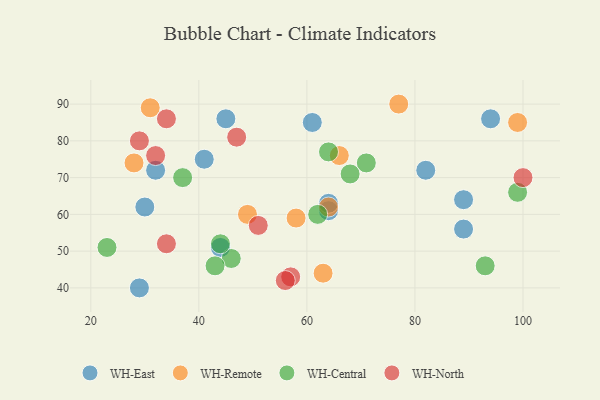
{"axis": {"x": "GDP", "y": "Life Expectancy"}, "legend": ["WH-Central", "WH-East", "WH-North", "WH-Remote"], "data": [{"x": "82", "y": 72, "type": "WH-East"}, {"x": "30", "y": 62, "type": "WH-East"}, {"x": "32", "y": 72, "type": "WH-East"}, {"x": "89", "y": 56, "type": "WH-East"}, {"x": "64", "y": 61, "type": "WH-East"}, {"x": "45", "y": 86, "type": "WH-East"}, {"x": "94", "y": 86, "type": "WH-East"}, {"x": "64", "y": 63, "type": "WH-East"}, {"x": "89", "y": 64, "type": "WH-East"}, {"x": "29", "y": 40, "type": "WH-East"}, {"x": "44", "y": 51, "type": "WH-East"}, {"x": "61", "y": 85, "type": "WH-East"}, {"x": "41", "y": 75, "type": "WH-East"}, {"x": "28", "y": 74, "type": "WH-Remote"}, {"x": "66", "y": 76, "type": "WH-Remote"}, {"x": "99", "y": 85, "type": "WH-Remote"}, {"x": "58", "y": 59, "type": "WH-Remote"}, {"x": "63", "y": 44, "type": "WH-Remote"}, {"x": "31", "y": 89, "type": "WH-Remote"}, {"x": "77", "y": 90, "type": "WH-Remote"}, {"x": "64", "y": 62, "type": "WH-Remote"}, {"x": "49", "y": 60, "type": "WH-Remote"}, {"x": "23", "y": 51, "type": "WH-Central"}, {"x": "46", "y": 48, "type": "WH-Central"}, {"x": "64", "y": 77, "type": "WH-Central"}, {"x": "43", "y": 46, "type": "WH-Central"}, {"x": "37", "y": 70, "type": "WH-Central"}, {"x": "71", "y": 74, "type": "WH-Central"}, {"x": "93", "y": 46, "type": "WH-Central"}, {"x": "44", "y": 52, "type": "WH-Central"}, {"x": "62", "y": 60, "type": "WH-Central"}, {"x": "68", "y": 71, "type": "WH-Central"}, {"x": "99", "y": 66, "type": "WH-Central"}, {"x": "32", "y": 76, "type": "WH-North"}, {"x": "57", "y": 43, "type": "WH-North"}, {"x": "34", "y": 52, "type": "WH-North"}, {"x": "29", "y": 80, "type": "WH-North"}, {"x": "100", "y": 70, "type": "WH-North"}, {"x": "51", "y": 57, "type": "WH-North"}, {"x": "34", "y": 86, "type": "WH-North"}, {"x": "47", "y": 81, "type": "WH-North"}, {"x": "56", "y": 42, "type": "WH-North"}]}